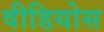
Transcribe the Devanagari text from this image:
वीडियोस